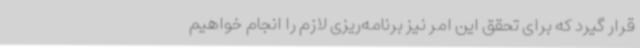
قرار گیرد که برای تحقق این امر نیز برنامه‌ریزی لازم را انجام خواهیم